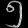
Digit: ၅